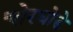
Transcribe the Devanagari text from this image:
चोरघोडे